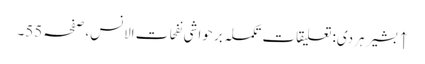
↑ بشیر ہردی: تعلیقات تکملہ بر حواشی نفحات الانس، صفحہ 55۔